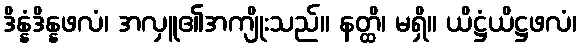
ဒိန္နံဒိန္နဖလံ၊ အလှူ၏အကျိုးသည်။ နတ္ထိ၊ မရှိ။ ယိဋ္ဌံယိဋ္ဌဖလံ၊